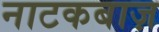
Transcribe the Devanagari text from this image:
नाटकबाज़